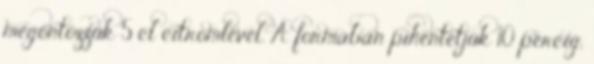
megöntözzük 5 cl citromlével. A formában pihentetjük 10 percig,